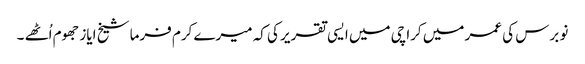
نو برس کی عمر میں کراچی میں ایسی تقریر کی کہ میرے کرم فرما شیخ ایاز جھوم اُٹھے ۔